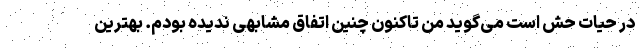
در حیات حش است می‌گوید من تاکنون چنین اتفاق مشابهی ندیده بودم. بهترین